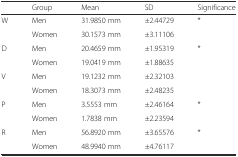
|  | Group | Mean | SD | Significance |
 | --- | --- | --- | --- | --- |
 | <ROWSPAN=2> W | Men | 31.9850 mm | ±2.44729 | <ROWSPAN=2> * |
 | Women | 30.1573 mm | ±3.11106 |
 | <ROWSPAN=2> D | Men | 20.4659 mm | ±1.95319 | <ROWSPAN=2> * |
 | Women | 19.0419 mm | ±1.88635 |
 | <ROWSPAN=2> V | Men | 19.1232 mm | ±2.32103 | <ROWSPAN=2>  |
 | Women | 18.3073 mm | ±2.48235 |
 | <ROWSPAN=2> P | Men | 3.5553 mm | ±2.46164 | <ROWSPAN=2> * |
 | Women | 1.7838 mm | ±2.23594 |
 | <ROWSPAN=2> R | Men | 56.8920 mm | ±3.65576 | <ROWSPAN=2> * |
 | Women | 48.9940 mm | ±4.76117 |